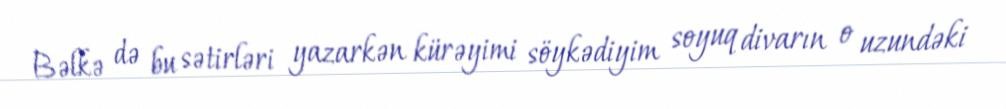
Bəlkə də bu sətirləri yazarkən kürəyimi söykədiyim soyuq divarın o uzundəki